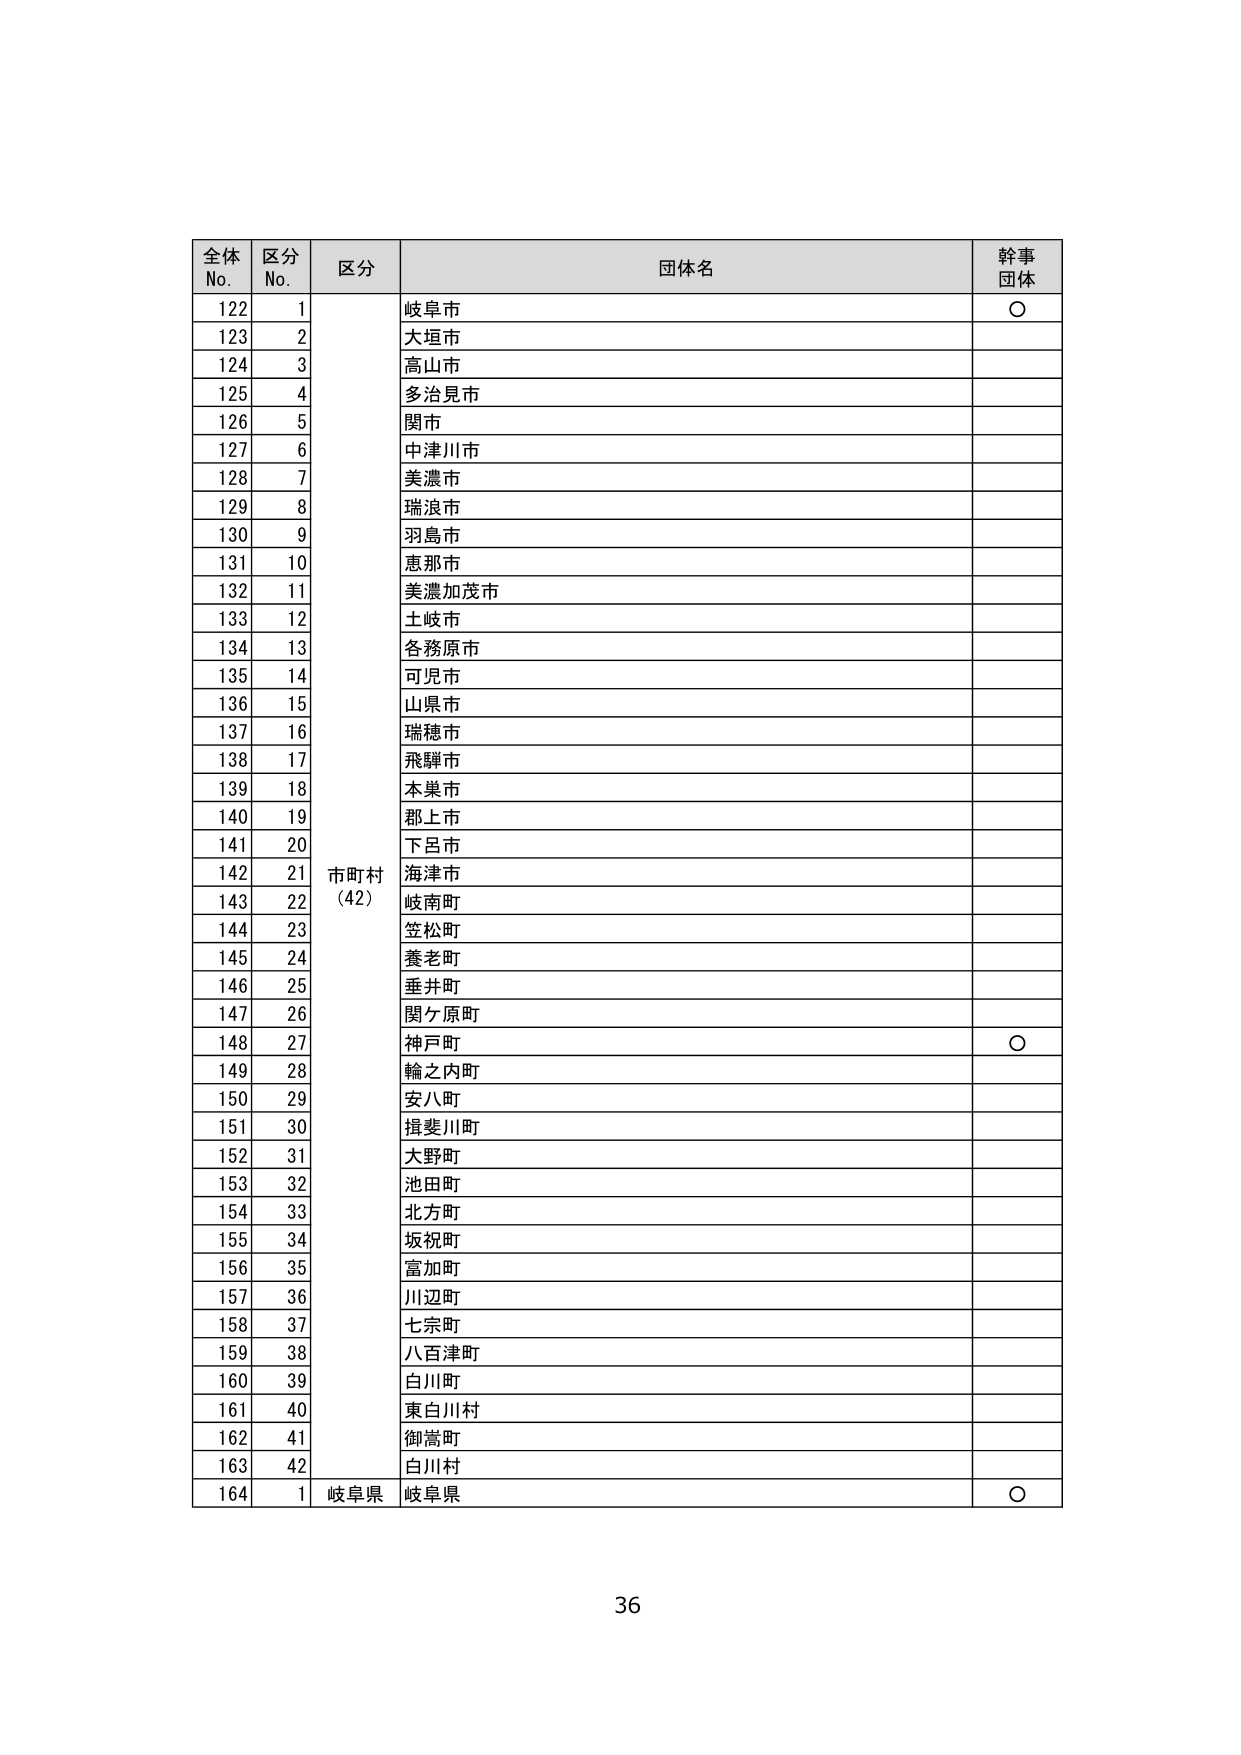
全体
No.
区分
No.
区分
団体名
幹事
団体
122
1
岐阜市
○
123
2
大垣市
124
3
高山市
125
4
多治見市
126
5
関市
127
6
中津川市
128
7
美濃市
129
8
瑞浪市
130
9
羽島市
131
10
恵那市
132
11
美濃加茂市
133
12
土岐市
134
13
各務原市
135
14
可児市
136
15
山県市
137
16
瑞穂市
138
17
飛騨市
139
18
本巣市
140
19
郡上市
141
20
下呂市
142
21
市町村
(42)
海津市
143
22
岐南町
144
23
笠松町
145
24
養老町
146
25
垂井町
147
26
関ケ原町
148
27
神戸町
○
149
28
輪之内町
150
29
安八町
151
30
揖斐川町
152
31
大野町
153
32
池田町
154
33
北方町
155
34
坂祝町
156
35
富加町
157
36
川辺町
158
37
七宗町
159
38
八百津町
160
39
白川町
161
40
東白川村
162
41
御嵩町
163
42
白川村
164
1
岐阜県
岐阜県
○
36